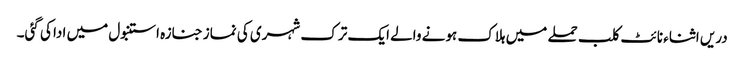
دریں اثناء نائٹ کلب حملے میں ہلاک ہونے والے ایک ترک شہری کی نماز جنازہ استنبول میں ادا کی گئی۔